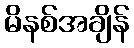
မိနစ်အချိန်